Annual report on the Civil Veterinary Department, Burma (including the Insein Veterinary School) - 1923-1931
Year: 1923
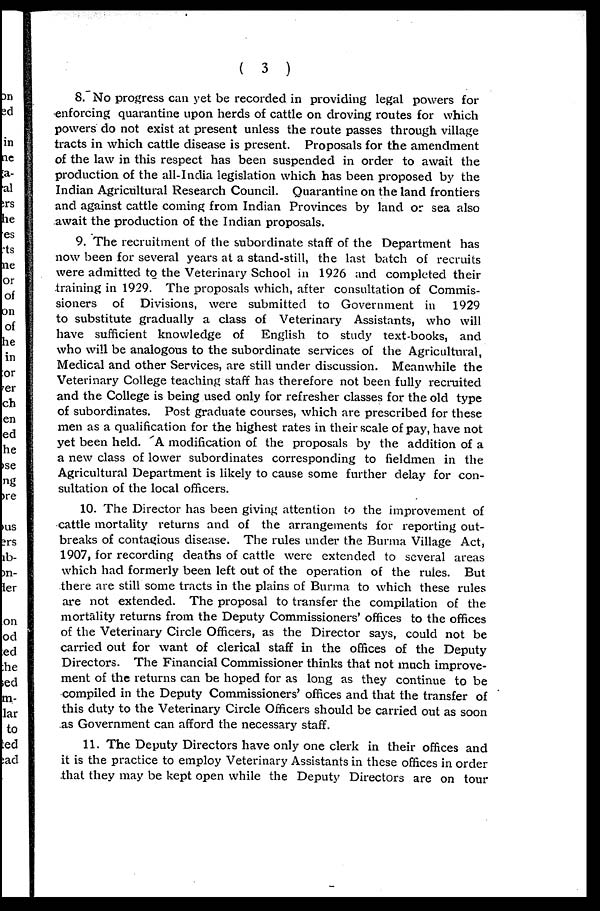
( 3 )
8. No progress can yet be recorded in providing legal powers for
enforcing quarantine upon herds of cattle on droving routes for which
powers do not exist at present unless the route passes through village
tracts in which cattle disease is present. Proposals for the amendment
of the law in this respect has been suspended in order to await the
production of the all-India legislation which has been proposed by the
Indian Agricultural Research Council. Quarantine on the land frontiers
and against cattle coming from Indian Provinces by land or sea also
await the production of the Indian proposals.
9. The recruitment of the subordinate staff of the Department has
now been for several years at a stand-still, the last batch of recruits
were admitted to the Veterinary School in 1926 and completed their
training in 1929. The proposals which, after consultation of Commis-
sioners of Divisions, were submitted to Government in 1929
to substitute gradually a class of Veterinary Assistants, who will
have sufficient knowledge of English to study text-books, and
who will be analogous to the subordinate services of the Agricultural,
Medical and other Services, are still under discussion. Meanwhile the
Veterinary College teaching staff has therefore not been fully recruited
and the College is being used only for refresher classes for the old type
of subordinates. Post graduate courses, which are prescribed for these
men as a qualification for the highest rates in their scale of pay, have not
yet been held. A modification of the proposals by the addition of a
a new class of lower subordinates corresponding to fieldmen in the
Agricultural Department is likely to cause some further delay for con-
sultation of the local officers.
10. The Director has been giving attention to the improvement of
cattle mortality returns and of the arrangements for reporting out-
breaks of contagious disease. The rules under the Burma Village Act,
1907, for recording deaths of cattle were extended to several areas
which had formerly been left out of the operation of the rules. But
there are still some tracts in the plains of Burma to which these rules
are not extended. The proposal to transfer the compilation of the
mortality returns from the Deputy Commissioners' offices to the offices
of the Veterinary Circle Officers, as the Director says, could not be
carried out for want of clerical staff in the offices of the Deputy
Directors. The Financial Commissioner thinks that not much improve-
ment of the returns can be hoped for as long as they continue to be
compiled in the Deputy Commissioners' offices and that the transfer of
this duty to the Veterinary Circle Officers should be carried out as soon
as Government can afford the necessary staff.
11. The Deputy Directors have only one clerk in their offices and
it is the practice to employ Veterinary Assistants in these offices in order
that they may be kept open while the Deputy Directors are on tour